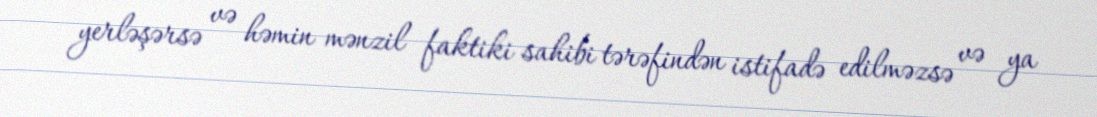
yerləşərsə və həmin mənzil faktiki sahibi tərəfindən istifadə edilməzsə və ya